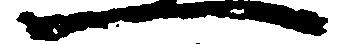
一